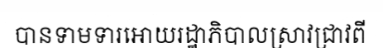
បានទាមទារអោយរដ្ឋាភិបាលស្រាវជ្រាវពី